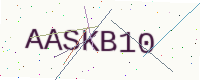
Text: AASKB10